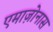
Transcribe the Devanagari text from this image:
एमाज़ोनास